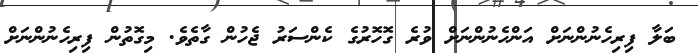
ބަލާ ފިރިހެނުންނަށް އަންހެނުންނަށް ވުރެ ގޮހޮރުގެ ކެންސަރު ޖެހުން ގާތެވެ. މިގޮތުން ފިރިހެނުންނަށް